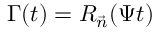
\Gamma ( t ) = R _ { \vec { n } } ( \Psi t )